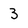
Character: 3